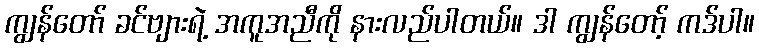
ကျွန်တော် ခင်ဗျားရဲ့ အကူအညီကို နားလည်ပါတယ်။ ဒါ ကျွန်တော့် ကဒ်ပါ။